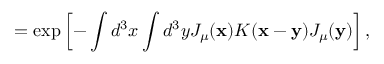
= \exp \left[ - \int d ^ { 3 } x \int d ^ { 3 } y J _ { \mu } ( { \bf x } ) { \cal K } ( { \bf x } - { \bf y } ) J _ { \mu } ( { \bf y } ) \right] ,